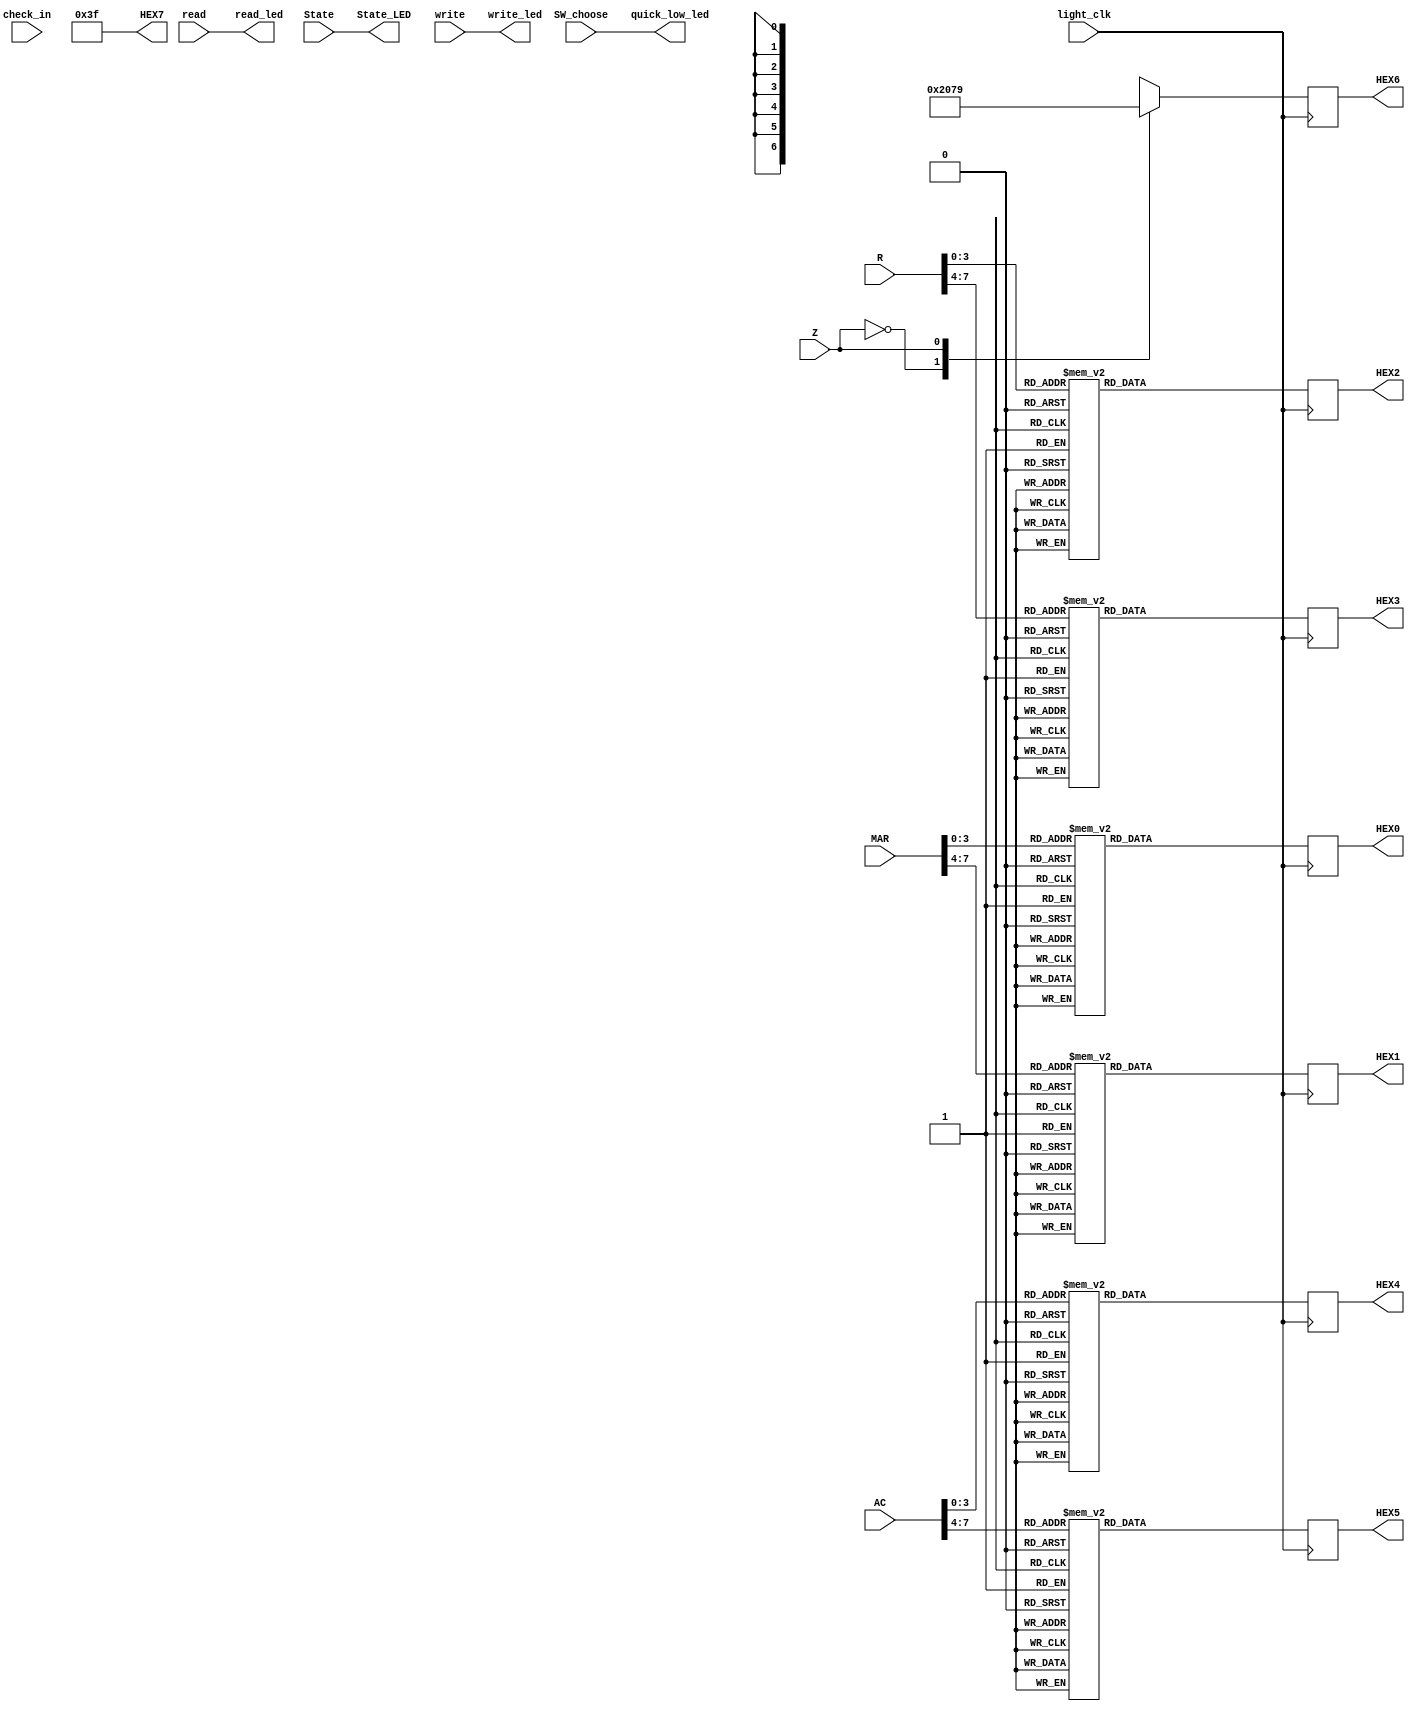
/*HEX6-HEX07*/
/*light_clklight1top.vclk_divclk_light
   SW_choose1top.v;
   check_in8check_outCPUcheck;
   readclr1
   StateCPU2CPU_Controller
   MAR8cpu.vaddr8hex0hex1
   ACacacacdbushex4hex5
   Rrrrdbushex2hex3
   Zzzhex6
   HEX0-HEX78
*/
module light_show(	light_clk,SW_choose,check_in,State,
					read_led,write_led,read,write,
					MAR,AC,R,Z,HEX0,HEX1,HEX2,HEX3,HEX4,HEX5,HEX6,HEX7,
					State_LED,quick_low_led);
input light_clk;
input SW_choose;
input [7:0] check_in;

input [1:0] State; //LEDG1~LEDG3
input [7:0] MAR; //hex01
input [7:0] AC,R; //AChex4,5;R,hex2,3
input Z; //Zhex6

input read,write;
output read_led,write_led;

assign read_led = read;
assign write_led = write;

output reg [6:0] HEX0;
output reg [6:0] HEX1;
output reg [6:0] HEX2;
output reg [6:0] HEX3;
output reg [6:0] HEX4;
output reg [6:0] HEX5;
output reg [6:0] HEX6;
output [6:0] HEX7;
output [1:0] State_LED;
output quick_low_led;
assign HEX7 = 7'b0111111;

//always @(posedge light_clk or negedge K6 or posedge STP)
always @(posedge light_clk)
begin

			case(MAR[3:0]) //hex0
				4'd0:HEX0 <= 7'b1000000;
				4'd1:HEX0 <= 7'b1111001;
				4'd2:HEX0 <= 7'b0100100;
				4'd3:HEX0 <= 7'b0110000;
				4'd4:HEX0 <= 7'b0011001;
				4'd5:HEX0 <= 7'b0010010;
				4'd6:HEX0 <= 7'b0000010;
				4'd7:HEX0 <= 7'b1111000;
				4'd8:HEX0 <= 7'b0000000;
				4'd9:HEX0 <= 7'b0010000;
				4'd10:HEX0 <= 7'b0001000;//a
				4'd11:HEX0 <= 7'b0000011;//b
				4'd12:HEX0 <= 7'b0100111;//c
				4'd13:HEX0 <= 7'b0100001;//d
				4'd14:HEX0 <= 7'b0000110;//e
				4'd15:HEX0 <= 7'b0001110;//f
				default:HEX0 <= 7'b0111111;
			endcase
			
			case(MAR[7:4]) //hex1
				4'd0:HEX1 <= 7'b1000000;
				4'd1:HEX1 <= 7'b1111001;
				4'd2:HEX1 <= 7'b0100100;
				4'd3:HEX1 <= 7'b0110000;
				4'd4:HEX1 <= 7'b0011001;
				4'd5:HEX1 <= 7'b0010010;
				4'd6:HEX1 <= 7'b0000010;
				4'd7:HEX1 <= 7'b1111000;
				4'd8:HEX1 <= 7'b0000000;
				4'd9:HEX1 <= 7'b0010000;
				4'd10:HEX1 <= 7'b0001000;//a
				4'd11:HEX1 <= 7'b0000011;//b
				4'd12:HEX1 <= 7'b0100111;//c
				4'd13:HEX1 <= 7'b0100001;//d
				4'd14:HEX1 <= 7'b0000110;//e
				4'd15:HEX1 <= 7'b0001110;//f
				default:HEX1 <= 7'b0111111;
			endcase
			
			case(Z) //hex6
				4'd0:HEX6 <= 7'b1000000;
				4'd1:HEX6 <= 7'b1111001;
				default:HEX6 <= 7'b0111111;
			endcase
			
			case(AC[3:0]) //hex4
				4'd0:HEX4 <= 7'b1000000;
				4'd1:HEX4 <= 7'b1111001;
				4'd2:HEX4 <= 7'b0100100;
				4'd3:HEX4 <= 7'b0110000;
				4'd4:HEX4 <= 7'b0011001;
				4'd5:HEX4 <= 7'b0010010;
				4'd6:HEX4 <= 7'b0000010;
				4'd7:HEX4 <= 7'b1111000;
				4'd8:HEX4 <= 7'b0000000;
				4'd9:HEX4 <= 7'b0010000;
				4'd10:HEX4 <= 7'b0001000;//a
				4'd11:HEX4 <= 7'b0000011;//b
				4'd12:HEX4 <= 7'b0100111;//c
				4'd13:HEX4 <= 7'b0100001;//d
				4'd14:HEX4 <= 7'b0000110;//e
				4'd15:HEX4 <= 7'b0001110;//f
				default:HEX4 <= 7'b0111111;
			endcase
			
			case(AC[7:4]) //hex5
				4'd0:HEX5 <= 7'b1000000;
				4'd1:HEX5 <= 7'b1111001;
				4'd2:HEX5 <= 7'b0100100;
				4'd3:HEX5 <= 7'b0110000;
				4'd4:HEX5 <= 7'b0011001;
				4'd5:HEX5 <= 7'b0010010;
				4'd6:HEX5 <= 7'b0000010;
				4'd7:HEX5 <= 7'b1111000;
				4'd8:HEX5 <= 7'b0000000;
				4'd9:HEX5 <= 7'b0010000;
				4'd10:HEX5 <= 7'b0001000;//a
				4'd11:HEX5 <= 7'b0000011;//b
				4'd12:HEX5 <= 7'b0100111;//c
				4'd13:HEX5 <= 7'b0100001;//d
				4'd14:HEX5 <= 7'b0000110;//e
				4'd15:HEX5 <= 7'b0001110;//f
				default:HEX5 <= 7'b0111111;
			endcase
			
			case(R[3:0]) //hex2
				4'd0:HEX2 <= 7'b1000000;
				4'd1:HEX2 <= 7'b1111001;
				4'd2:HEX2 <= 7'b0100100;
				4'd3:HEX2 <= 7'b0110000;
				4'd4:HEX2 <= 7'b0011001;
				4'd5:HEX2 <= 7'b0010010;
				4'd6:HEX2 <= 7'b0000010;
				4'd7:HEX2 <= 7'b1111000;
				4'd8:HEX2 <= 7'b0000000;
				4'd9:HEX2 <= 7'b0010000;
				4'd10:HEX2 <= 7'b0001000;//a
				4'd11:HEX2 <= 7'b0000011;//b
				4'd12:HEX2 <= 7'b0100111;//c
				4'd13:HEX2 <= 7'b0100001;//d
				4'd14:HEX2 <= 7'b0000110;//e
				4'd15:HEX2 <= 7'b0001110;//f
				default:HEX2 <= 7'b0111111;
			endcase
			
			case(R[7:4]) //hex3
				4'd0:HEX3 <= 7'b1000000;
				4'd1:HEX3 <= 7'b1111001;
				4'd2:HEX3 <= 7'b0100100;
				4'd3:HEX3 <= 7'b0110000;
				4'd4:HEX3 <= 7'b0011001;
				4'd5:HEX3 <= 7'b0010010;
				4'd6:HEX3 <= 7'b0000010;
				4'd7:HEX3 <= 7'b1111000;
				4'd8:HEX3 <= 7'b0000000;
				4'd9:HEX3 <= 7'b0010000;
				4'd10:HEX3 <= 7'b0001000;//a
				4'd11:HEX3 <= 7'b0000011;//b
				4'd12:HEX3 <= 7'b0100111;//c
				4'd13:HEX3 <= 7'b0100001;//d
				4'd14:HEX3 <= 7'b0000110;//e
				4'd15:HEX3 <= 7'b0001110;//f
				default:HEX3 <= 7'b0111111;
			endcase	
end

assign State_LED = State; //
assign quick_low_led = SW_choose;//

endmodule